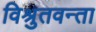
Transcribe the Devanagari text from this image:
विश्रुतवन्ता